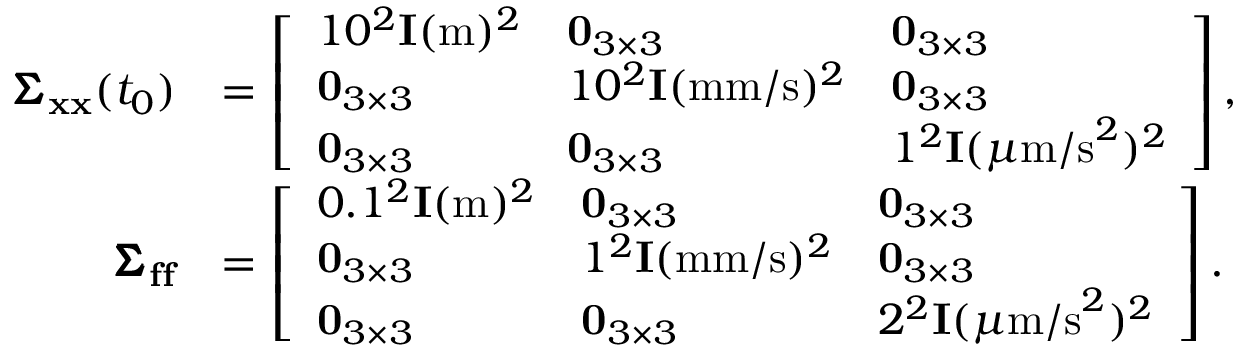
\begin{array} { r l } { \pmb { \Sigma } _ { \mathbf { x } \mathbf { x } } ( t _ { 0 } ) } & { = \left[ \begin{array} { l l l } { 1 0 ^ { 2 } \mathbf { I } ( \mathrm { m } ) ^ { 2 } } & { \mathbf { 0 } _ { 3 \times 3 } } & { \mathbf { 0 } _ { 3 \times 3 } } \\ { \mathbf { 0 } _ { 3 \times 3 } } & { 1 0 ^ { 2 } \mathbf { I } ( \mathrm { m m / s } ) ^ { 2 } } & { \mathbf { 0 } _ { 3 \times 3 } } \\ { \mathbf { 0 } _ { 3 \times 3 } } & { \mathbf { 0 } _ { 3 \times 3 } } & { 1 ^ { 2 } \mathbf { I } ( \mu \mathrm { m / s } ^ { 2 } ) ^ { 2 } } \end{array} \right] , } \\ { \pmb { \Sigma } _ { \mathbf { f } \mathbf { f } } } & { = \left[ \begin{array} { l l l } { 0 . 1 ^ { 2 } \mathbf { I } ( \mathrm { m } ) ^ { 2 } } & { \mathbf { 0 } _ { 3 \times 3 } } & { \mathbf { 0 } _ { 3 \times 3 } } \\ { \mathbf { 0 } _ { 3 \times 3 } } & { 1 ^ { 2 } \mathbf { I } ( \mathrm { m m / s } ) ^ { 2 } } & { \mathbf { 0 } _ { 3 \times 3 } } \\ { \mathbf { 0 } _ { 3 \times 3 } } & { \mathbf { 0 } _ { 3 \times 3 } } & { 2 ^ { 2 } \mathbf { I } ( \mu \mathrm { m / s } ^ { 2 } ) ^ { 2 } } \end{array} \right] . } \end{array}